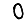
Digit: 0